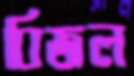
বিজল